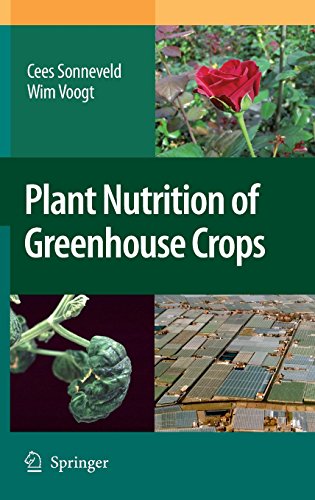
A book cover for Plant Nutrition of Greenhouse Crops; Cees Sonneveld; Crafts, Hobbies & Home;